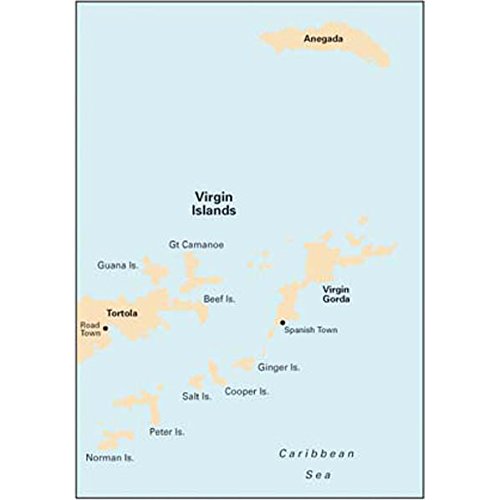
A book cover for Imray Chart A232: Virgin Islands; Travel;